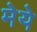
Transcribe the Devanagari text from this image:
मेये